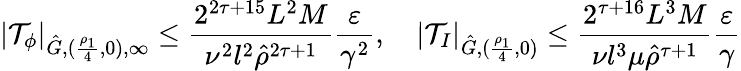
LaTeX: |\mathcal{T}_{\phi}|_{\hat{G},(\frac{\rho_{1}}{4},0),\infty}\leq\frac{2^{2\tau+15}L^{2}M}{\nu^{2}l^{2}\hat{\rho}^{2\tau+1}}\frac{\varepsilon}{\gamma^{2}},\quad|\mathcal{T}_{I}|_{\hat{G},(\frac{\rho_{1}}{4},0)}\leq\frac{2^{\tau+16}L^{3}M}{\nu l^{3}\mu\hat{\rho}^{\tau+1}}\frac{\varepsilon}{\gamma}